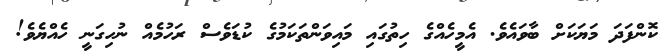
ކޮންފަދަ މަޔަކަށް ބާވައެވެ. އެމީހެއްގެ ހިތުގައި މައިވަންތަކަމުގެ ކުޑަވެސް ރަހުމެއް ނުހިގަނީ ހެއްޔެވެ!